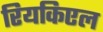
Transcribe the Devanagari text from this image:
रियकिएल